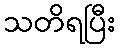
သတိရပြီး